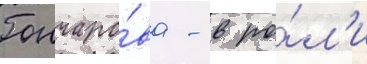
Гончаро́ва - в ро́л'и